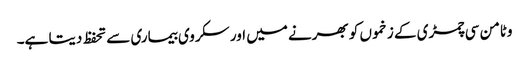
وٹامن سی چمڑی کے زخموں کو بھرنے میں اور سکروی بیماری سے تحفظ دیتا ہے۔